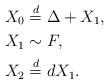
LaTeX: \begin{align*} X_0 & \stackrel{d}{=} \Delta + X_1, \\ X_1 & \sim F, \\ X_2 & \stackrel{d}{=} d X_1. \end{align*}